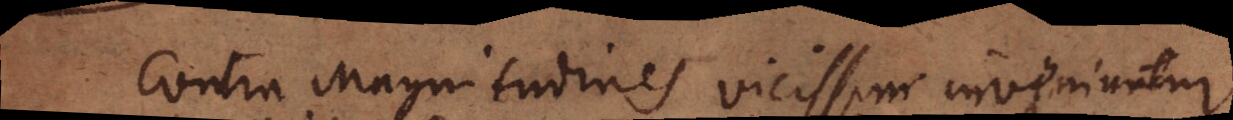
Contra Magnitudines vicissim inveniuntur